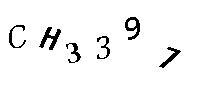
CH3397